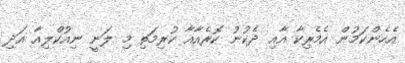
އެހެންކަމުން އެމެރިކާ އާއި ދެކުނު ކޮރެއާއާ ކުރިމަތި މި ލަނީ ނިއުކްލިއާ އަދި